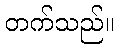
တက်သည်။